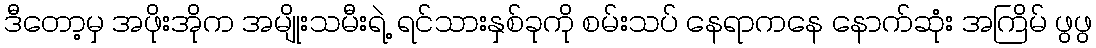
ဒီတော့မှ အဖိုးအိုက အမျိုးသမီးရဲ့ ရင်သားနှစ်ခုကို စမ်းသပ် နေရာကနေ နောက်ဆုံး အကြိမ် ဖွဖွ